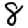
Digit: 8